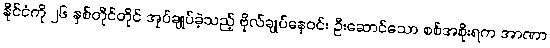
နိုင်ငံကို ၂၆ နှစ်တိုင်တိုင် အုပ်ချုပ်ခဲ့သည့် ဗိုလ်ချုပ်နေဝင်း ဦးဆောင်သော စစ်အစိုးရက အာဏာ